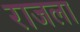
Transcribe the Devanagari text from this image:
राजला